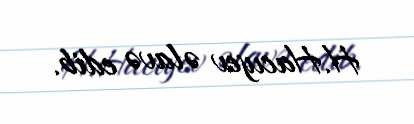
H.Hacıyev əlavə edib.